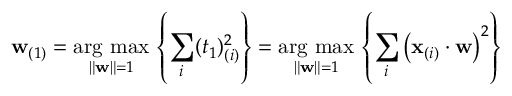
\mathbf { w } _ { ( 1 ) } = { \underset { \Vert \mathbf { w } \Vert = 1 } { \operatorname { \arg \, m a x } } } \, \left\{ \sum _ { i } ( t _ { 1 } ) _ { ( i ) } ^ { 2 } \right\} = { \underset { \Vert \mathbf { w } \Vert = 1 } { \operatorname { \arg \, m a x } } } \, \left\{ \sum _ { i } \left( \mathbf { x } _ { ( i ) } \cdot \mathbf { w } \right) ^ { 2 } \right\}